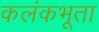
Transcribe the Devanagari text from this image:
कलंकभूता